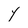
Character: Y